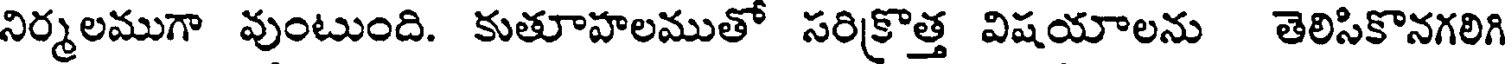
నిర్మలముగా వుంటుంది. కుతూహలముతో సరిక్రొత్త విషయాలను తెలిసికొనగలిగి